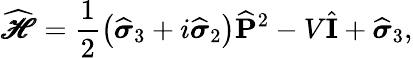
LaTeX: {\widehat{\pmb{\mathscr{H}}}}={\frac{1}{2}}{\left({\widehat{\boldsymbol{\sigma}}}_{3}+i{\widehat{\boldsymbol{\sigma}}}_{2}\right)}{\widehat{\mathbf P}}^{2}-V{\widehat{\mathbf I}}+{\widehat{\boldsymbol{\sigma}}}_{3},